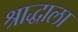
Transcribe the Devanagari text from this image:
श्राद्धाला